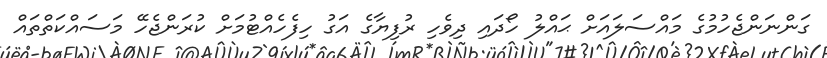
ގަންނަންޖެހުމުގެ މައްސަލައަށް ޙައްލު ހޯދައި ދިވެހި ރުފިޔާގެ އަގު ހިފެހެއްޓުމަށް ކުރަންޖެހޭ މަސައްކަތްތައް